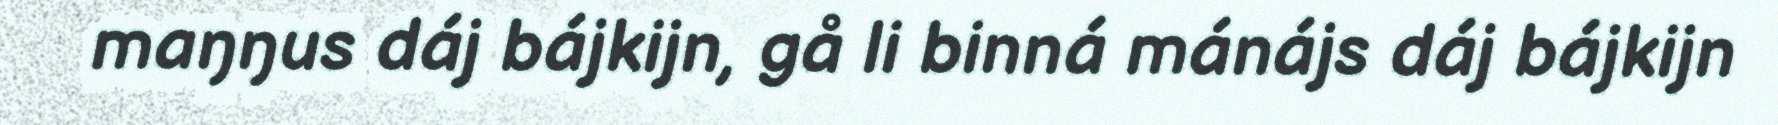
maŋŋus dáj bájkijn, gå li binná mánájs dáj bájkijn